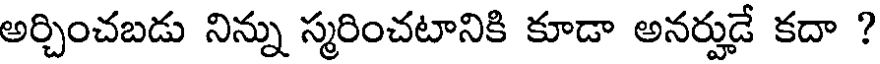
అర్చించబడు నిన్ను స్మరించటానికి కూడా అనర్హుడే కదా ?